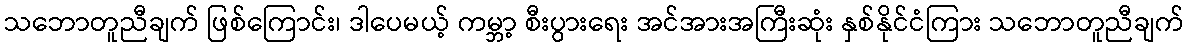
သဘောတူညီချက် ဖြစ်ကြောင်း၊ ဒါပေမယ့် ကမ္ဘာ့ စီးပွားရေး အင်အားအကြီးဆုံး နှစ်နိုင်ငံကြား သဘောတူညီချက်